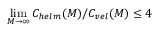
\operatorname* { l i m } _ { M \rightarrow \infty } C _ { h e l m } ( M ) / C _ { v e l } ( M ) \leq 4